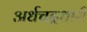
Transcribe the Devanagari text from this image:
अर्धचद्रधारी